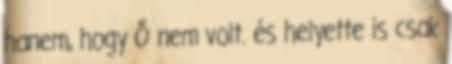
hanem, hogy Ő nem volt. és helyette is csak